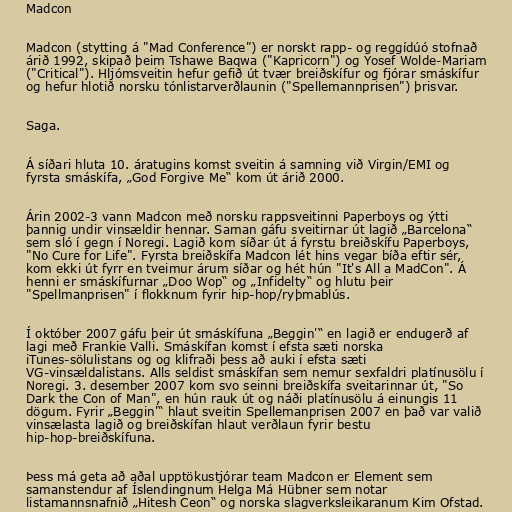
Madcon

Madcon (stytting á "Mad Conference") er norskt rapp- og reggídúó stofnað
árið 1992, skipað þeim Tshawe Baqwa ("Kapricorn") og Yosef Wolde-Mariam
("Critical"). Hljómsveitin hefur gefið út tvær breiðskífur og fjórar smáskífur
og hefur hlotið norsku tónlistarverðlaunin ("Spellemannprisen") þrisvar.

Saga.

Á síðari hluta 10. áratugins komst sveitin á samning við Virgin/EMI og
fyrsta smáskífa, „God Forgive Me“ kom út árið 2000.

Árin 2002-3 vann Madcon með norsku rappsveitinni Paperboys og ýtti
þannig undir vinsældir hennar. Saman gáfu sveitirnar út lagið „Barcelona“
sem sló í gegn í Noregi. Lagið kom síðar út á fyrstu breiðskífu Paperboys,
"No Cure for Life". Fyrsta breiðskífa Madcon lét hins vegar bíða eftir sér,
kom ekki út fyrr en tveimur árum síðar og hét hún "It's All a MadCon". Á
henni er smáskífurnar „Doo Wop“ og „Infidelty“ og hlutu þeir
"Spellmanprisen" í flokknum fyrir hip-hop/ryþmablús.

Í október 2007 gáfu þeir út smáskífuna „Beggin'“ en lagið er endugerð af
lagi með Frankie Valli. Smáskífan komst í efsta sæti norska
iTunes-sölulistans og og klifraði þess að auki í efsta sæti
VG-vinsældalistans. Alls seldist smáskífan sem nemur sexfaldri platínusölu í
Noregi. 3. desember 2007 kom svo seinni breiðskífa sveitarinnar út, "So
Dark the Con of Man", en hún rauk út og náði platínusölu á einungis 11
dögum. Fyrir „Beggin'“ hlaut sveitin Spellemanprisen 2007 en það var valið
vinsælasta lagið og breiðskífan hlaut verðlaun fyrir bestu
hip-hop-breiðskífuna.

Þess má geta að aðal upptökustjórar team Madcon er Element sem
samanstendur af Íslendingnum Helga Má Hübner sem notar
listamannsnafnið „Hitesh Ceon“ og norska slagverksleikaranum Kim Ofstad.